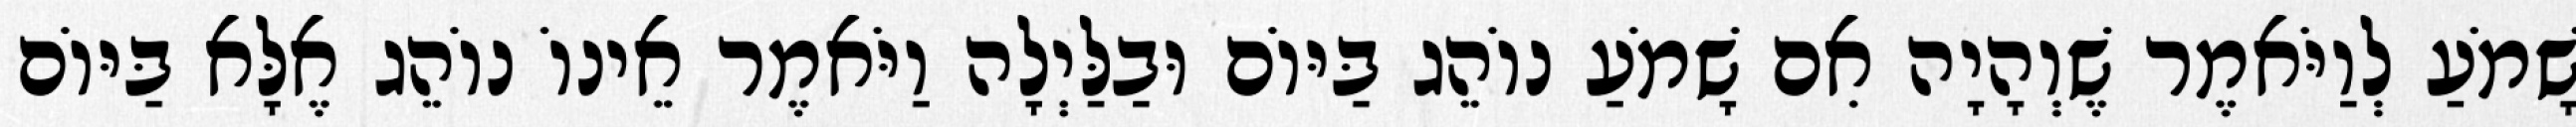
שָׁמֹעַ לְוַיֹּאמֶר שֶׁוְהָיָה אִם שָׁמֹעַ נוֹהֵג בַּיּוֹם וּבַלַּיְלָה וַיֹּאמֶר אֵינוֹ נוֹהֵג אֶלָּא בַּיּוֹם